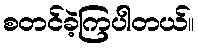
စတင်ခဲ့ကြပါတယ်။